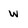
Character: w